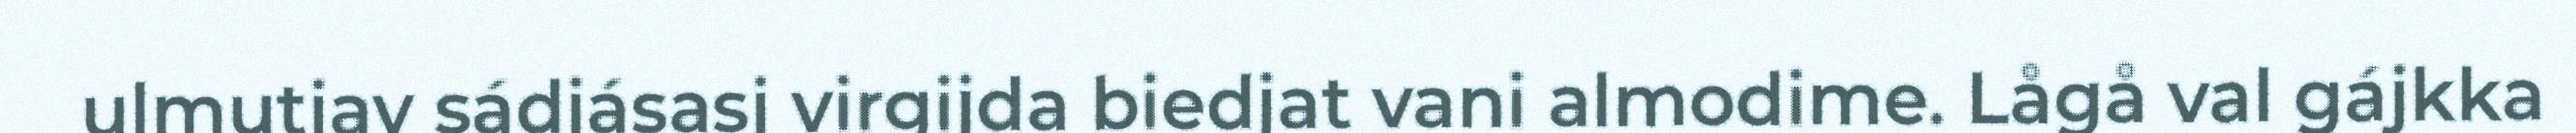
ulmutjav sádjásasj virgijda biedjat vani almodime. Lågå val gájkka